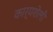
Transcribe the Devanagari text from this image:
कार्यशेली